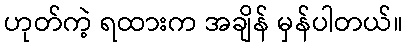
ဟုတ်ကဲ့ ရထားက အချိန် မှန်ပါတယ်။